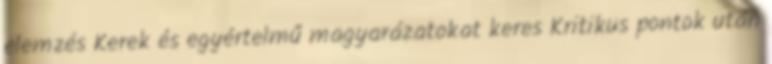
elemzés Kerek és egyértelmű magyarázatokat keres Kritikus pontok után